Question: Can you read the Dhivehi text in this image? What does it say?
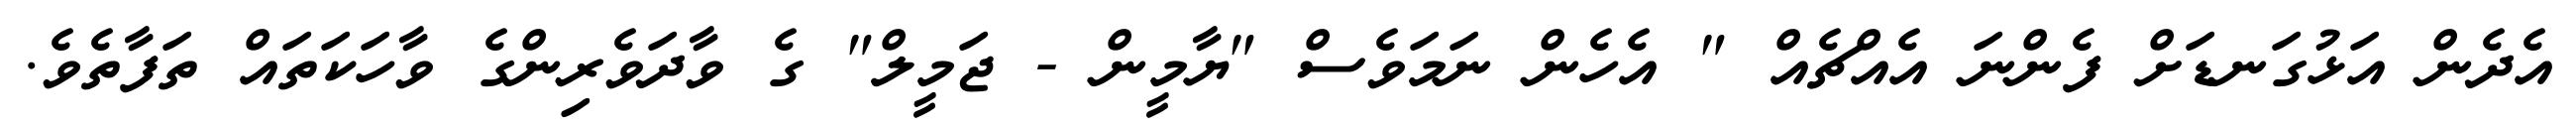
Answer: އެދެން އަޅުގަނޑަށް ފެންނަ އެއްޗެއް " އެހެން ނަމަވެސް "ޔާމީން - ޖަމީލް" ގެ ވާދަވެރިންގެ ވާހަކަތައް ތަފާތެވެ.